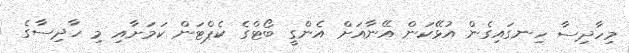
މިހާދިސާ ހިނގައިގެން އުޅޭކަން އޭނާއަށް އެންގީ ބޯޓްގެ ކެޕްޓަން ކަމަށާއި މި ހާދިސާގެ